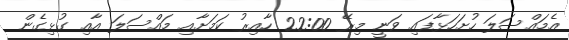
އެމައްސަލަ ހުށަހަޅާފައި ވަނީ މިރޭ 22:00 ހާއިރު ކަމަށާއި މައްސަލަ އާއި ގުޅިގެން